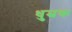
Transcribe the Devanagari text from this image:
धुम्रक